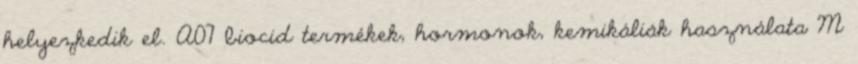
helyezkedik el. A07 biocid termékek, hormonok, kemikáliák használata M